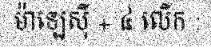
ម៉ាឡេស៊ី + ៤ លើក :